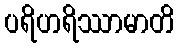
ပရိဟရိဿာမာတိ